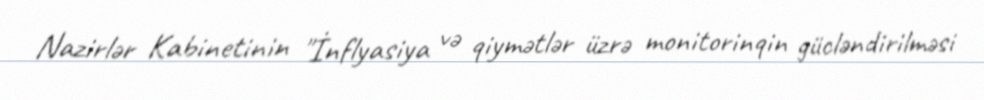
Nazirlər Kabinetinin "İnflyasiya və qiymətlər üzrə monitorinqin gücləndirilməsi